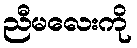
ညီမလေးကို